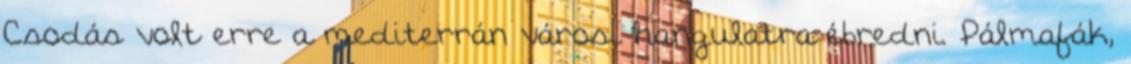
Csodás volt erre a mediterrán városi hangulatra ébredni. Pálmafák,